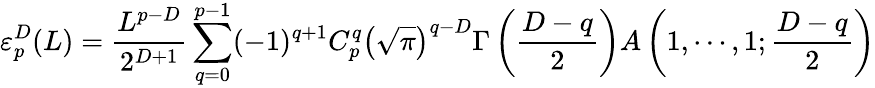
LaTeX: \varepsilon_{p}^{D}(L)=\frac{L^{p-D}}{2^{D+1}}\sum_{q=0}^{p-1}(-1)^{q+1}C_{p}^{q}\left(\sqrt{\pi}\right)^{q-D}\Gamma\left(\frac{D-q}{2}\right)A\left(1,\cdots,1;\frac{D-q}{2}\right)